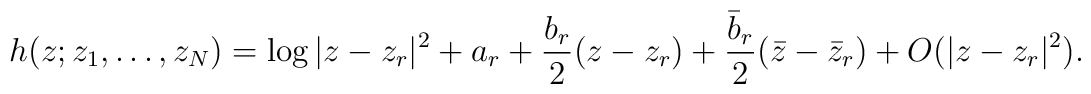
h(z;z_{1},\ldots,z_{N})=\log|z-z_{r}|^{2} + a_{r} + \frac{b_{r}}{2}(z-z_{r}) + \frac{\bar{b}_{r}}{2}(\bar{z}-\bar{z}_{r})+O(|z-z_{r}|^{2}).